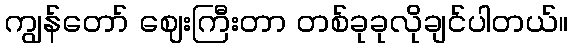
ကျွန်တော် ဈေးကြီးတာ တစ်ခုခုလိုချင်ပါတယ်။